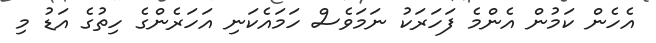
އެހެން ކަމުން އެންމެ ފަހަރަކު ނަމަވެސް ހަމައެކަނި އަހަރެންގެ ހިތުގެ އަޑު މި